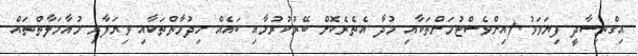
އިގްތިސާދީ ފިޔަވަޅު (އިންވެސްޓުމަންތަކާއި މުދާ އެތެރެކޮށް ބޭރުކުރުމާއި ބައެއް ހިދުމާތްތަކާއި ވިޔަފާރި މުއާމަލާތްތައް